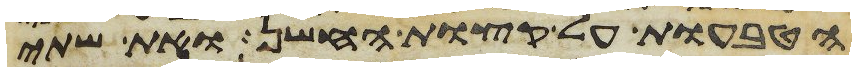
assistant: הטבעות על קצות החשן ואת שתי